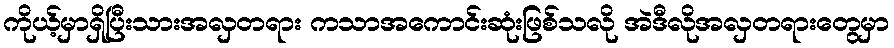
ကိုယ့်မှာရှိပြီးသားအလှတရား ကသာအကောင်းဆုံးဖြစ်သလို အဲဒီလိုအလှတရားတွေမှာ